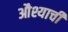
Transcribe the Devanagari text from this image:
औश्याची